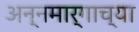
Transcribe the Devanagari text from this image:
अन्नमार्गाच्या